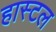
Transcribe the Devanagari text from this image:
हास्टल